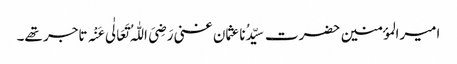
امیرالمؤمنین حضرت سیِّدُناعثمان غنی رَضِیَ اللّٰہُ تَعَالٰی عَنْہ تاجر تھے۔